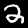
Label: 2